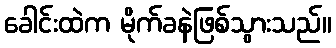
ခေါင်းထဲက မိုက်ခနဲဖြစ်သွားသည်။